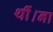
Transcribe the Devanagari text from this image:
थीं।ना